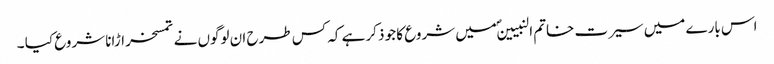
اس بارے میں سیرت خاتم النبیینؐ میں شروع کا جو ذکر ہے کہ کس طرح ان لوگوں نے تمسخر اڑانا شروع کیا ۔